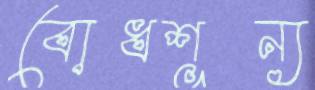
বোধশূন্য